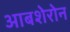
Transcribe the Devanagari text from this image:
आबशेरोन